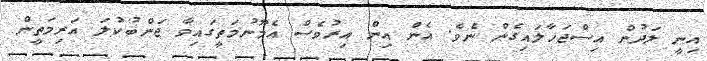
އިނީ ލަދުން އިސްޖަހާލައިގެން ނެވެ. އެެެން އިން އިރުވެސް އެމޫނުމަތީގައިވާ ޖަންބުކުލަ އަރިމަތީން